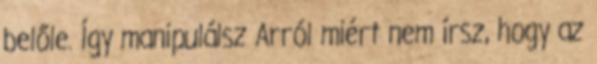
belőle. Így manipulálsz Arról miért nem írsz, hogy az